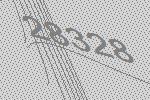
28328